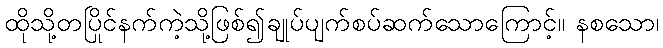
ထိုသို့တပြိုင်နက်ကဲ့သို့ဖြစ်၍ချုပ်ပျက်စပ်ဆက်သောကြောင့်။ နစသော၊